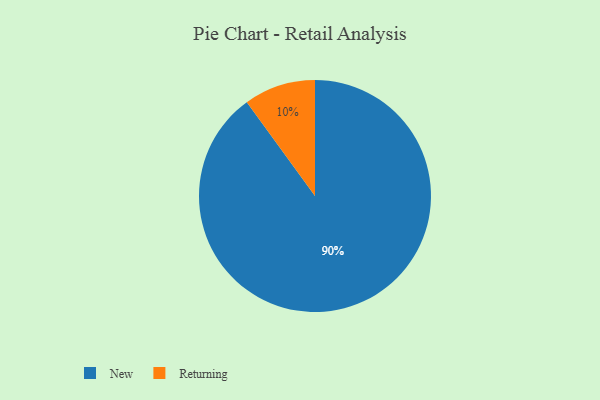
{"axis": {"x": "Category", "y": "Percentage"}, "legend": ["New", "Returning"], "data": [{"x": "New", "y": 90, "type": "New"}, {"x": "Returning", "y": 10, "type": "Returning"}]}